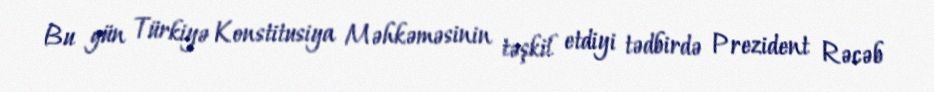
Bu gün Türkiyə Konstitusiya Məhkəməsinin təşkil etdiyi tədbirdə Prezident Rəcəb